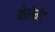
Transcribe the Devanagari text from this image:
केलेमेंट